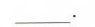
___。